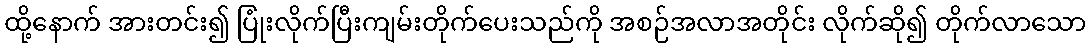
ထို့နောက် အားတင်း၍ ပြုံးလိုက်ပြီးကျမ်းတိုက်ပေးသည်ကို အစဉ်အလာအတိုင်း လိုက်ဆို၍ တိုက်လာသော